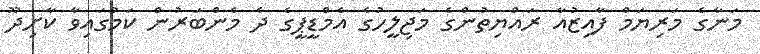
މަނާގެ މަރިޔަމް ފާއިޒުއާ ރައްޔިތުންގެ މަޖިލީހުގެ އެމްޑީޕީގެ ދެ މެންބަރުން ކަމުގައިވާ ކާށިދޫ